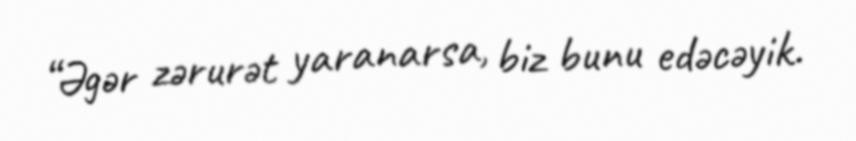
“Əgər zərurət yaranarsa, biz bunu edəcəyik.